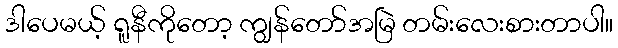
ဒါပေမယ့် ရူနီကိုတော့ ကျွန်တော်အမြဲ တမ်းလေးစားတာပါ။